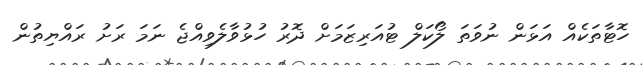
ހޮޓާތަކެއް އަޅަން ނުވަތަ ލޯކަލް ޓުއަރިޒަމަށް ދޮރު ހުޅުވާލެވިއްޖެ ނަމަ ރަށު ރައްޔިތުން